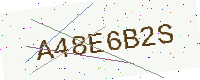
Text: A48E6B2S